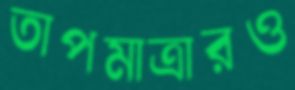
তাপমাত্রারও